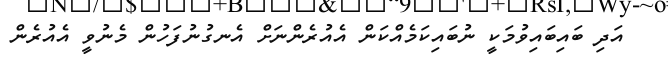
އަދި ބައިބައިވުމަކީ ނުބައިކަމެއްކަން އެއުރެންނަށް އެނގުނުފަހުން މެނުވީ އެއުރެން